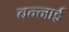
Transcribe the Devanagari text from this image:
बन्नाई